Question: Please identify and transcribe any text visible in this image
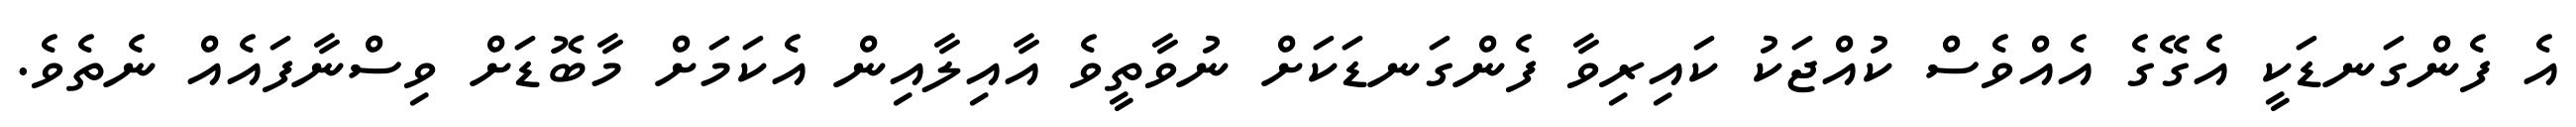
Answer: އެ ފެންގަނޑަކީ އެގޭގެ އެއްވެސް ކުއްޖަކު ކައިރިވާ ފެންގަނޑަކަށް ނުވާތީވެ އާއިލާއިން އެކަމަށް މާބޮޑަށް ވިސްނާފައެއް ނެތެވެ.